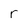
Character: r